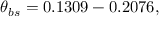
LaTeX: \theta _ { b s } = 0 . 1 3 0 9 - 0 . 2 0 7 6 ,